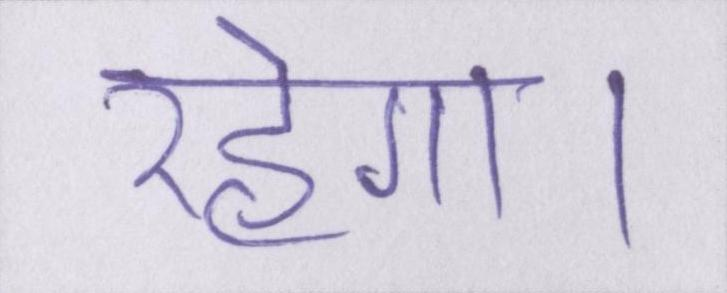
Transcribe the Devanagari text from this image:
रहेगा।